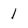
Character: 1